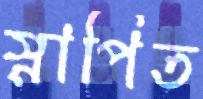
স্নাপিত